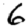
Digit: 6